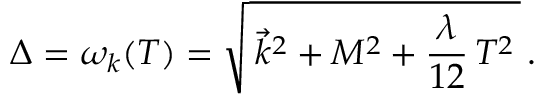
\Delta = \omega _ { k } ( T ) = \sqrt { \, \vec { k } ^ { 2 } + M ^ { 2 } + \frac { \lambda } { 1 2 } \, T ^ { 2 } \, } \, .